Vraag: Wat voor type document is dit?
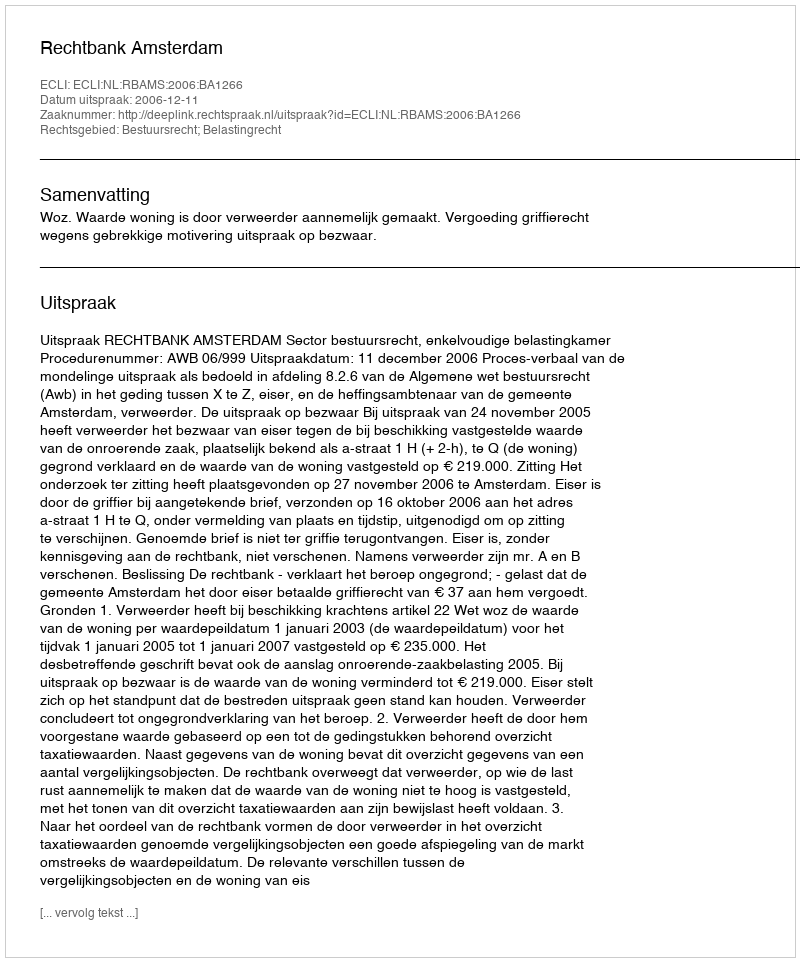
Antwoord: Uitspraak